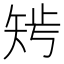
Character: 𥏁